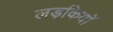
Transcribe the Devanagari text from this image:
लड़कियाॅ